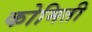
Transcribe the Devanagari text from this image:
कोमिती